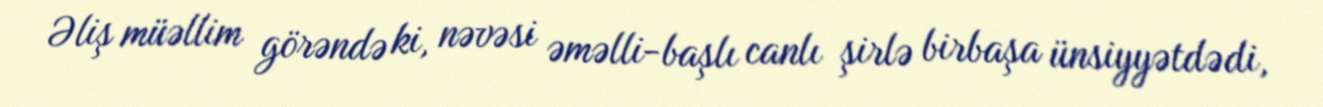
Əliş müəllim görəndə ki, nəvəsi əməlli-başlı canlı şirlə birbaşa ünsiyyətdədi,